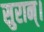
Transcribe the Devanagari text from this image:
सुरान्।